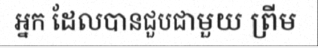
អ្នក ដែលបានជួបជាមួយ ព្រីម